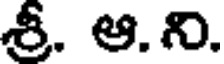
శ్రీ. ఆ.ని.